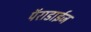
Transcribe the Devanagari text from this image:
पॅराडाईज